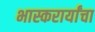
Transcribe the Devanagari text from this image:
भास्करार्यांचा